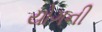
યોગની